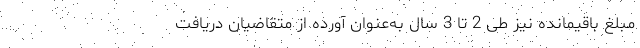
مبلغ باقیمانده نیز طی 2 تا 3 سال به‌عنوان آورده از متقاضیان دریافت